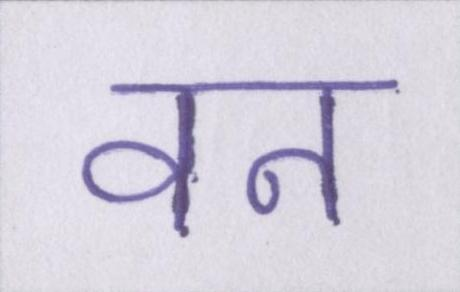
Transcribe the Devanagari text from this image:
वन